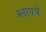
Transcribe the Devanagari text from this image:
ब्लायचे